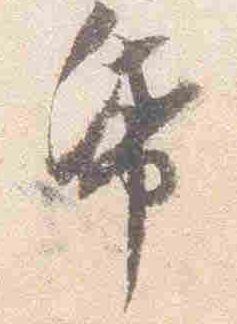
紙